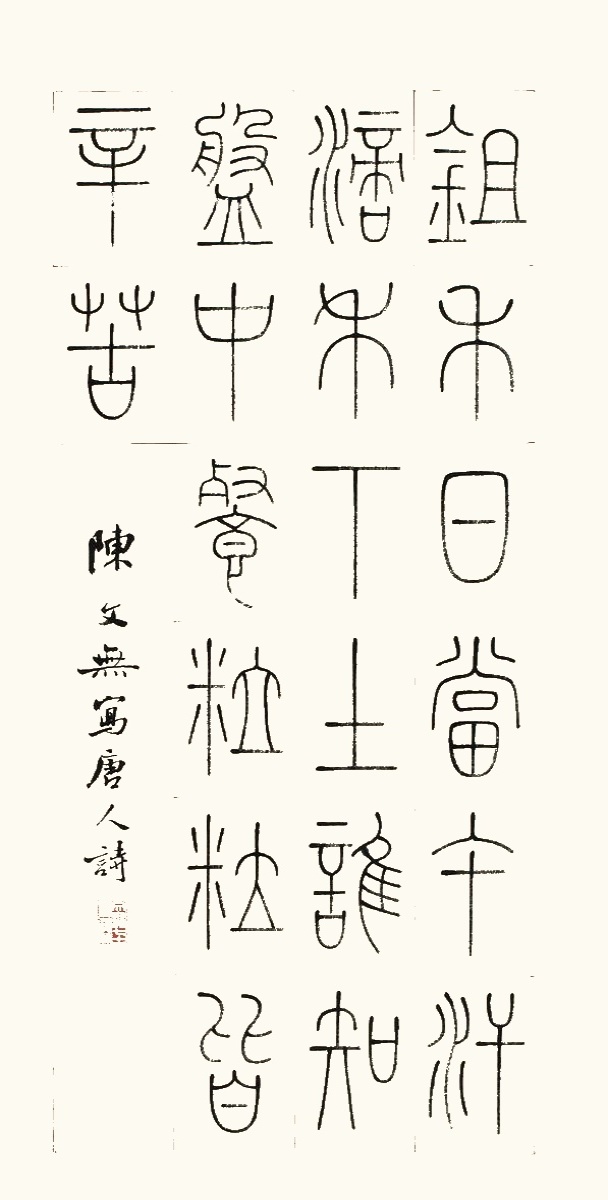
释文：锄禾日当午，汗滴禾下土。谁知盘中餐，粒粒皆辛苦。陈文无写唐人诗。